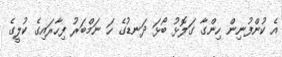
އެ ކުންފުނިން ހިންގާ ގަލޮޅު ބޯޅަ ދަނޑުގެ ހަ ނަމްބަރު ފިހާރައިގެ ކުލީގެ